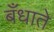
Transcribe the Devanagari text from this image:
बँधाते